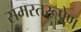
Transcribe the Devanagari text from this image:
समस्तरूपेण